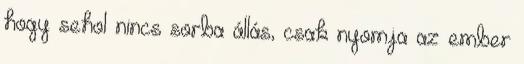
hogy sehol nincs sorba állás, csak nyomja az ember